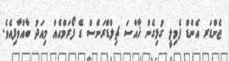
ޖެންޑަރ އެންޑް ފެމިލީ ގުޅިގެން ޚާއްސަ ޗިލްޑްރަންސް ޑޭ ފޯރަމްއެއް މިއަދު ބާއްވާފިއެވެ.